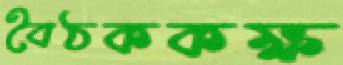
বৈঠককক্ষ